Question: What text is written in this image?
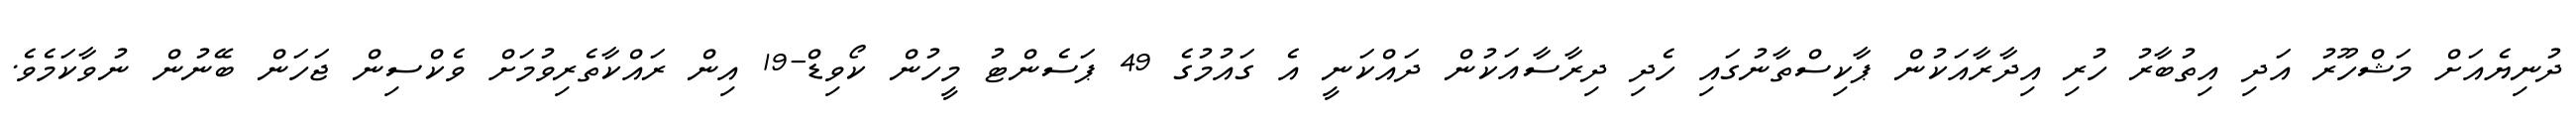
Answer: ދުނިޔެއަށް މަޝްހޫރު އަދި އިތުބާރު ހުރި އިދާރާއަކުން ޕާކިސްތާނުގައި ހެދި ދިރާސާއަކުން ދައްކަނީ އެ ގައުމުގެ 49 ޕަސެންޓު މީހުން ކޯވިޑް-19 އިން ރައްކާތެރިވުމަށް ވެކްސިން ޖަހަން ބޭނުން ނުވާކަމެވެ.